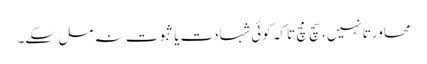
محاورتاً نہیں، سچ مچ تاکہ کوئی شہادت یا ثبوت نہ مل سکے۔